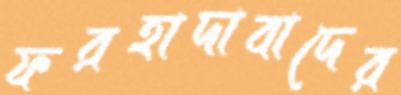
ফরহাদাবাদের